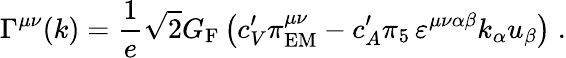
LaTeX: \Gamma^{\mu\nu}(k)=\frac{1}{e}\sqrt{2}G_{\mathrm{F}}\left(c_{V}^{\prime}\pi_{\mathrm{EM}}^{\mu\nu}-c_{A}^{\prime}\pi_{5}\, \varepsilon^{\mu\nu\alpha\beta}k_{\alpha}u_{\beta}\right)\; .